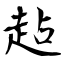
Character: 趈